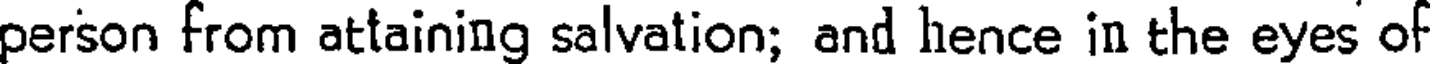
person from attaining salvation; and hence in the eyes of